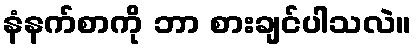
နံနက်စာကို ဘာ စားချင်ပါသလဲ။